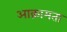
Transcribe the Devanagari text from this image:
आक्रामता